65_HS1-834228961_62-HQ-83894_Section_4
Agency: FBI
Page 67
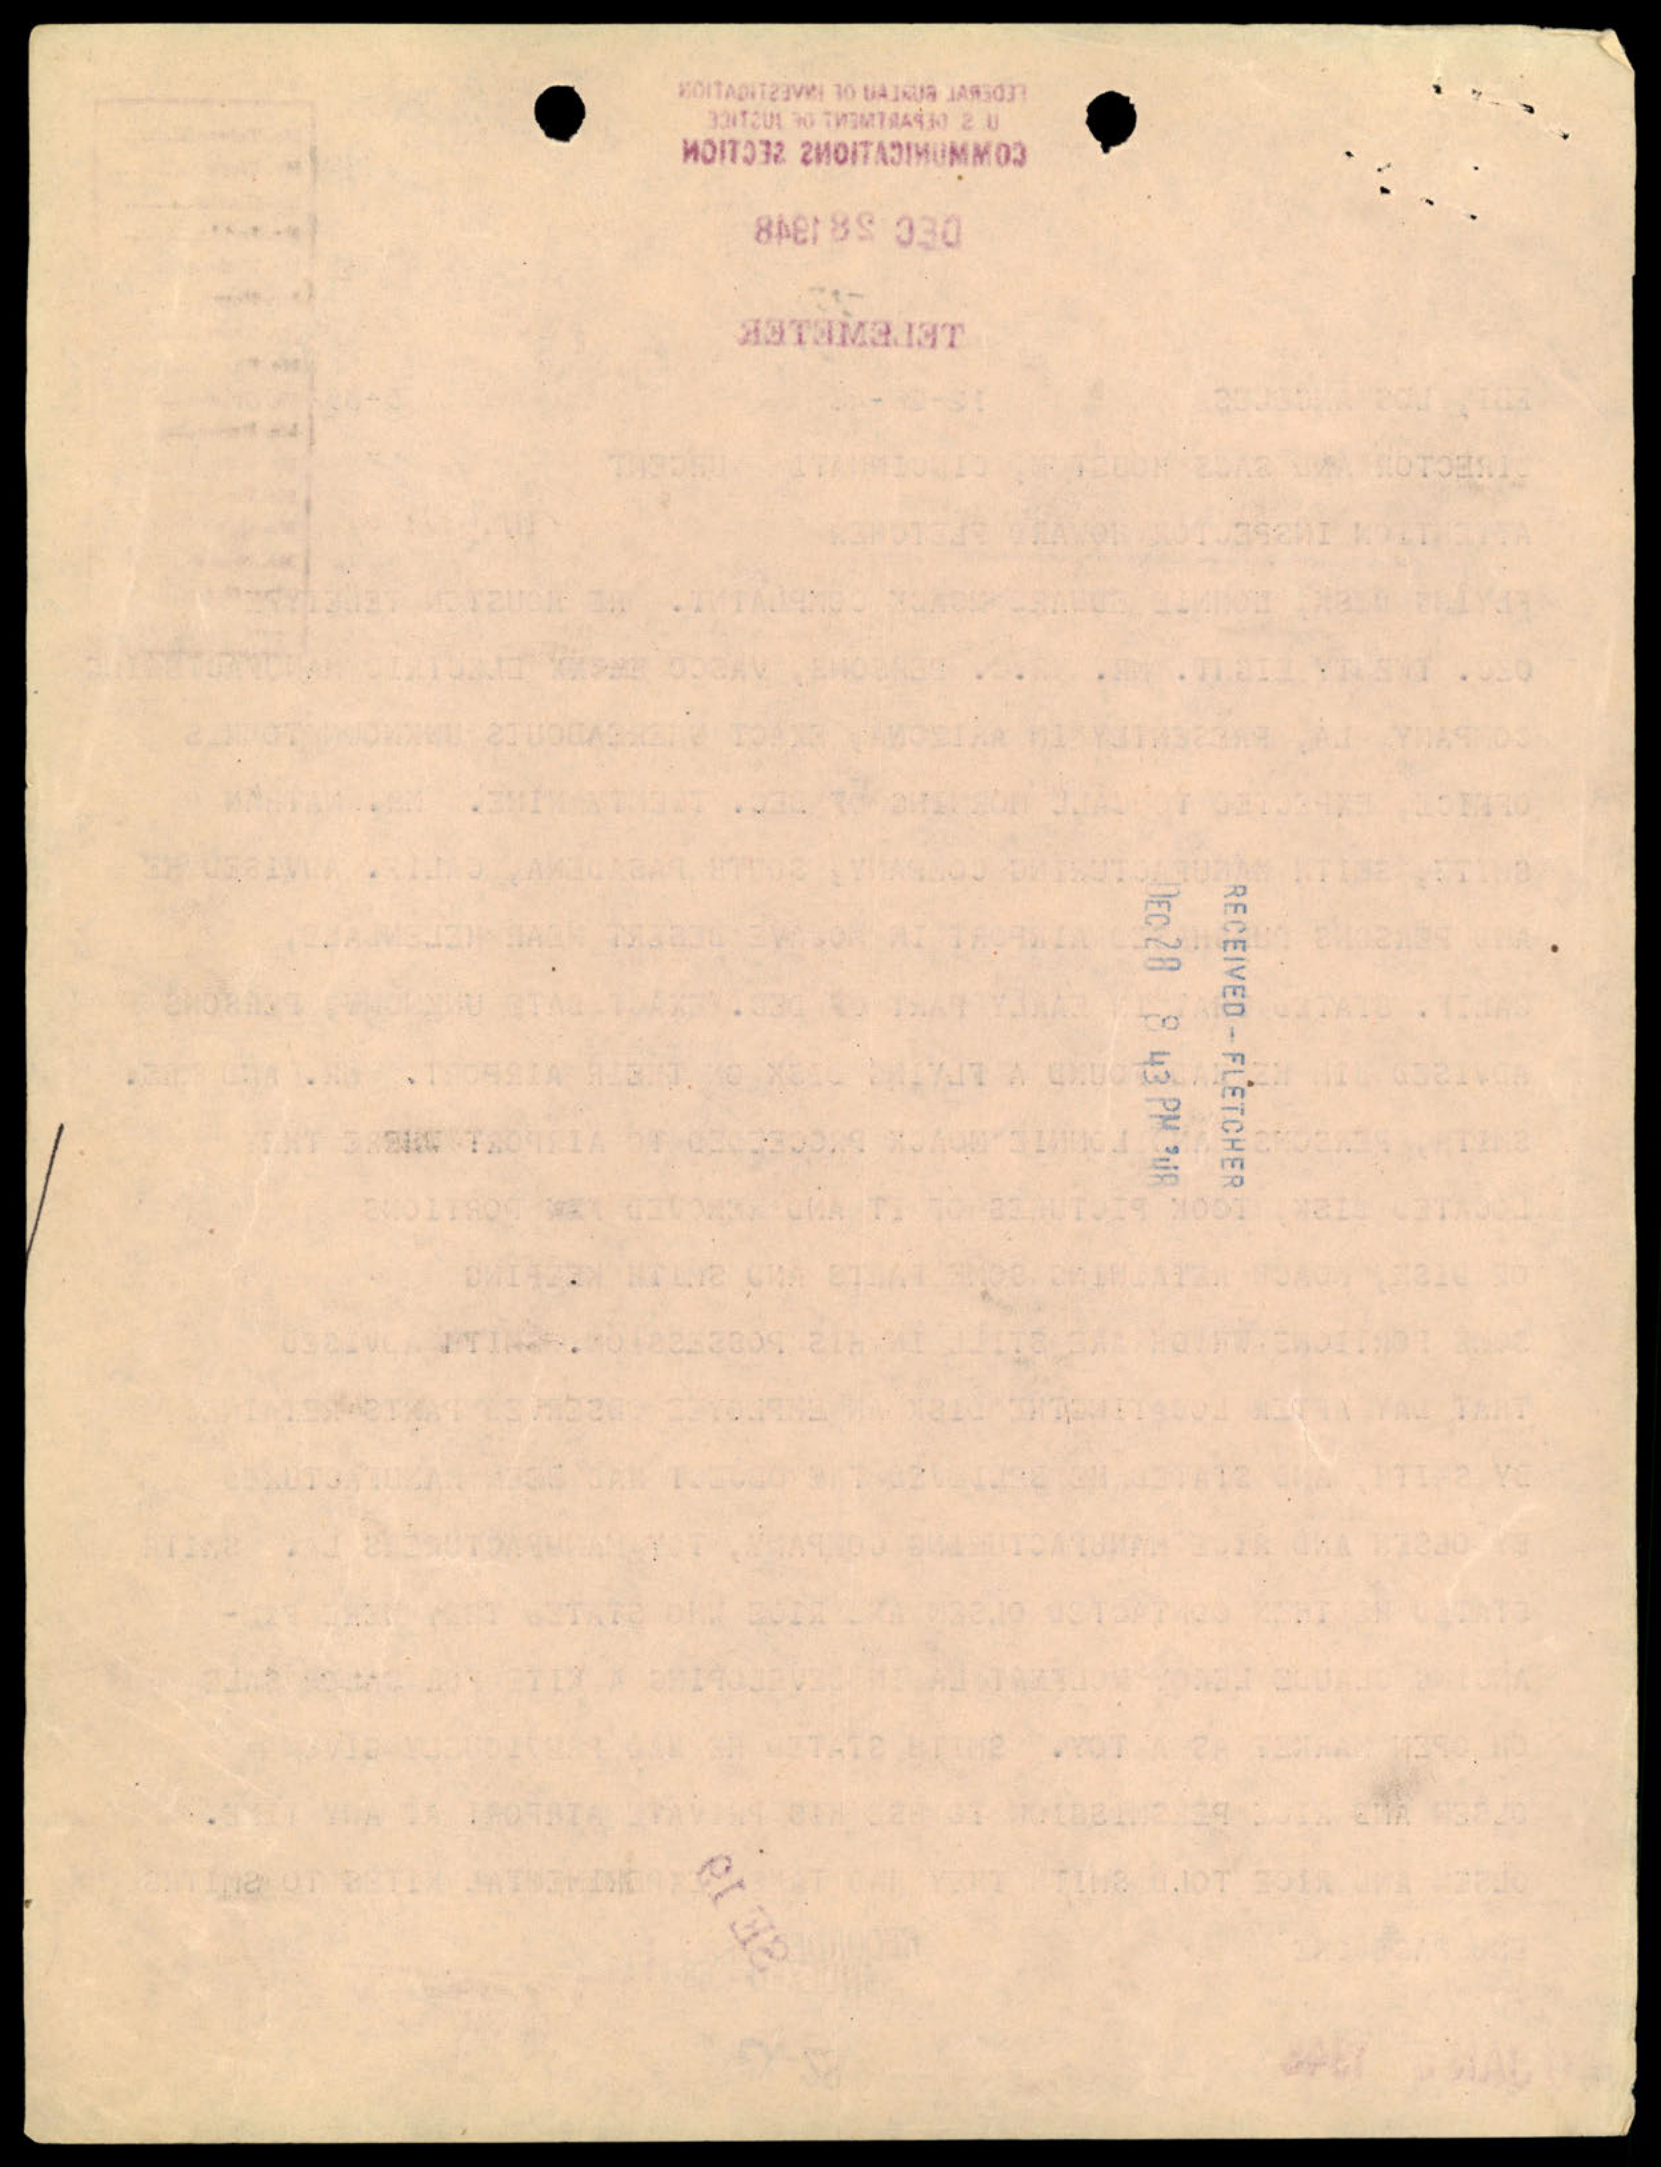